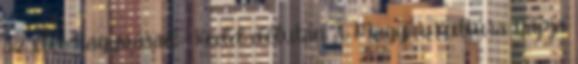
az élet Nagyvárad- Kedd délután A Magyar Kultúra Napja